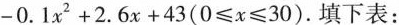
-0.1x^{2}+2.6x+43(0≤x≤30)$$.填下表：